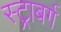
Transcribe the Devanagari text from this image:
स्ट्राबर्ग